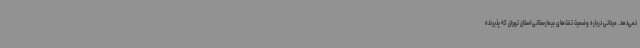
نمی‌دهد. مردانی درباره وضعیت تخت‌های بیمارستانی استان تهران که پذیرنده